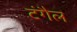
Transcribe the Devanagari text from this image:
टंगैल